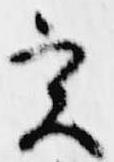
実